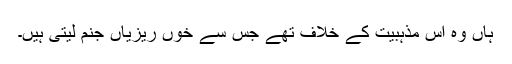
ہاں وہ اس مذہبیت کے خلاف تھے جس سے خوں ریزیاں جنم لیتی ہیں۔